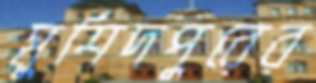
মুর্শিদপুরের